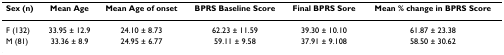
<table><thead><tr><td><b>Sex (n)</b></td><td><b>Mean Age</b></td><td><b>Mean Age of onset</b></td><td><b>BPRS Baseline Score</b></td><td><b>Final BPRS Sore</b></td><td><b>Mean % change in BPRS Score</b></td></tr></thead><tbody><tr><td>F (132)</td><td>33.95 ± 12.9</td><td>24.10 ± 8.73</td><td>62.23 ± 11.59</td><td>39.30 ± 10.10</td><td>61.87 ± 23.38</td></tr><tr><td>M (81)</td><td>33.36 ± 8.9</td><td>24.95 ± 6.77</td><td>59.11 ± 9.58</td><td>37.91 ± 9.108</td><td>58.50 ± 30.62</td></tr></tbody></table>